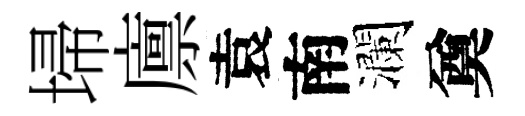
埽廪袁南瀾奠